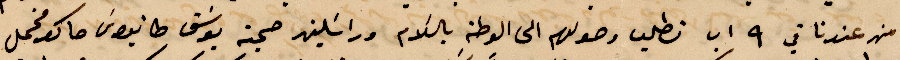
من عندنا في  ۹ اب نطلب وصولهم الى الوطن بالسلام وراسكلين صحبة يوسف طانيوس ماكو مخمل